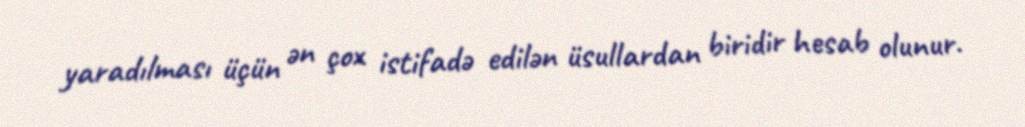
yaradılması üçün ən çox istifadə edilən üsullardan biridir hesab olunur.